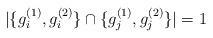
LaTeX: \begin{align*}|\{g_i^{(1)},g_i^{(2)}\}\cap\{g_j^{(1)},g_j^{(2)}\}|=1\end{align*}